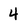
Character: 4